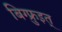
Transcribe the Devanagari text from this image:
बिग्फ्रुइत्